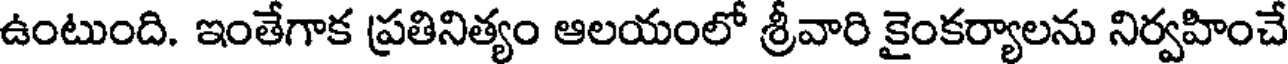
ఉంటుంది. ఇంతేగాక ప్రతినిత్యం ఆలయంలో శ్రీవారి కైంకర్యాలను నిర్వహించే